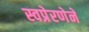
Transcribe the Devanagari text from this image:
स्वप्रेरणेने